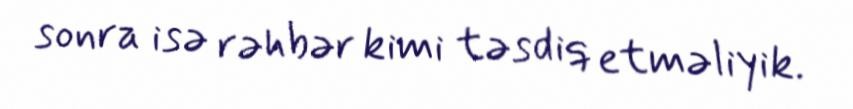
sonra isə rəhbər kimi təsdiq etməliyik.